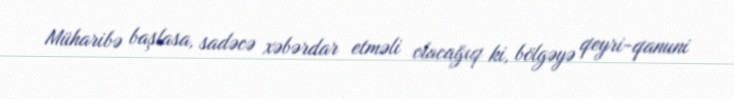
Müharibə başlasa, sadəcə xəbərdar etməli olacağıq ki, bölgəyə qeyri-qanuni